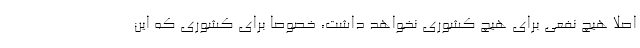
اصلا هیچ نفعی برای هیچ کشوری نخواهد داشت، خصوصا برای کشوری که این